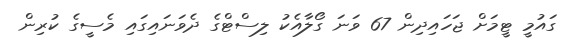
ގައުމީ ޓީމަށް ޖަހައިދިން 67 ވަނަ ގޯލާއެކު ލިސްޓްގެ ދެވަނައިގައި މެސީގެ ކުރިން